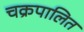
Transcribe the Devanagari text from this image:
चक्रपालित